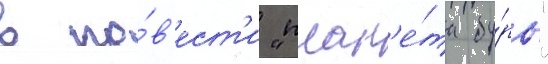
в по́в'ест'и "план'е́та бу́рь"